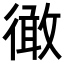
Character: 𢕭